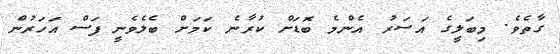
ގާތެވެ. މިބަލީގެ އަސަރު އެންމެ ބޮަޑަށް ކުރާނެ ކަމަށް ބެލެވެނީ ފަސް އަހަރުން